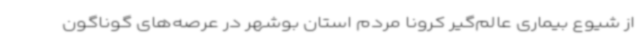
از شیوع بیماری عالم‌گیر کرونا مردم استان بوشهر در عرصه‌های گوناگون